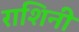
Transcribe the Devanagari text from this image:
राशिनी